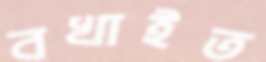
বখাইত